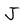
Character: J